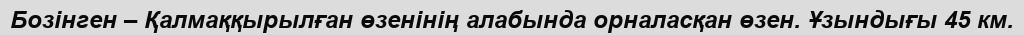
Бозінген – Қалмаққырылған өзенінің алабында орналасқан өзен. Ұзындығы 45 км.